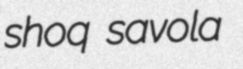
shoq savola